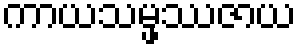
ကာယသမ္ဖဿဇာယ